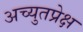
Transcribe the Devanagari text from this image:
अच्युतप्रेक्ष